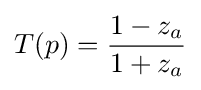
T(p)={\frac {1-z_{a}}{1+z_{a}}}